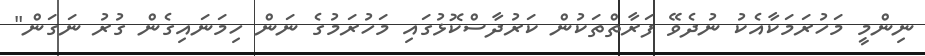
ނިންމީ މަހުރަމަކާއެކު ނުދެވޭ ފަރާތްތަކުން ކަރުދާސްކޮޅުގައި މަހުރަމުގެ ނަން ހިމަނައިގެން ގުރު ނަގަން"